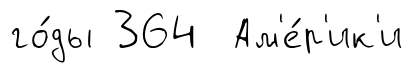
го́ды 364 Ам'е́р'ик'и